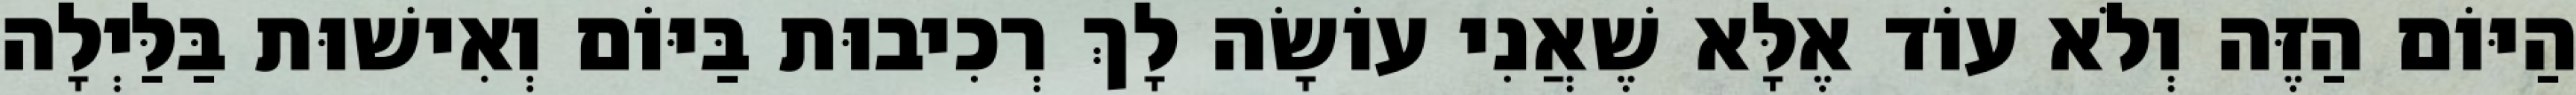
הַיּוֹם הַזֶּה וְלֹא עוֹד אֶלָּא שֶׁאֲנִי עוֹשָׂה לָךְ רְכִיבוּת בַּיּוֹם וְאִישׁוּת בַּלַּיְלָה